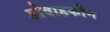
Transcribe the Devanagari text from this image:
डोवाहकीन